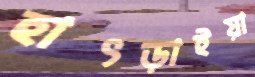
হাৎড়াইয়া